Report of the Indian Hemp Drugs Commission, 1894-1895 - Volume VI
Year: 1894
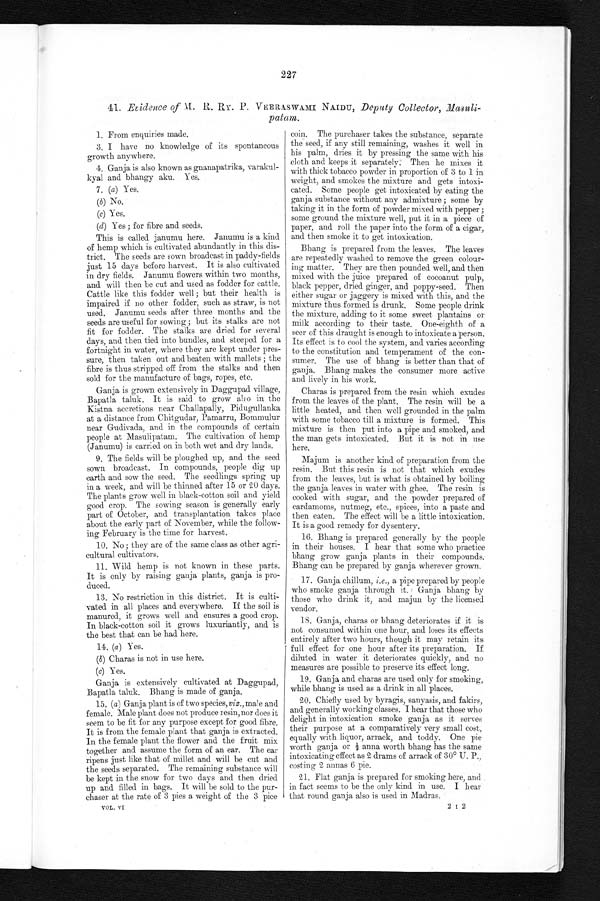
227
41. Evidence of M. R. RY. P. VEERASWAMI NAIDU, Deputy Collector, Masuli-
patam.
1. From enquiries made.
3. I have no knowledge of its spontaneous
growth anywhere.
4. Ganja is also known as guanapatrika, varakul-
kyal and bhangy aku. Yes.
7. (a) Yes.
(b) No.
(c) Yes.
(d) Yes ; for fibre and seeds.
This is called janumu here. Janumu is a kind
of hemp which is cultivated abundantly in this dis-
trict. The seeds are sown broadcast in paddy-fields
just 15 days before harvest. It is also cultivated
in dry fields. Janumu flowers within two months,
and will then be cut and used as fodder for cattle.
Cattle like this fodder well ; but their health is
impaired if no other fodder, such as straw, is not
used. Janumu seeds after three months and the
seeds are useful for sowing ; but its stalks are not
fit for fodder. The stalks are dried for several
days, and then tied into bundles, and steeped for a
fortnight in water, where they are kept under pres-
sure, then taken out and beaten with mallets ; the
fibre is thus stripped off from the stalks and then
sold for the manufacture of bags, ropes, etc.
Ganja is grown extensively in Daggupad village,
Bapatla taluk. It is said to grow also in the
Kistna accretions near Challapally, Pidugullanka
at a distance from Chitgudar, Pamarru, Bommulur
near Gudivada, and in the compounds of certain
people at Masulipatam. The cultivation of hemp
(Janumu) is carried on in both wet and dry lands.
9. The fields will be ploughed up, and the seed
sown broadcast. In compounds, people dig up
earth and sow the seed. The seedlings spring up
in a week, and will be thinned after 15 or 20 days.
The plants grow well in black-cotton soil and yield
good crop. The sowing season is generally early
part of October, and transplantation takes place
about the early part of November, while the follow-
ing February is the time for harvest.
10. No ; they are of the same class as other agri-
cultural cultivators.
11. Wild hemp is not known in these parts.
It is only by raising ganja plants, ganja is pro-
duced.
13. No restriction in this district. It is culti-
vated in all places and everywhere. If the soil is
manured, it grows well and ensures a good crop.
In black-cotton soil it grows luxuriantly, and is
the best that can be had here.
14. (a) Yes.
(b) Charas is not in use here.
(c) Yes.
Ganja is extensively cultivated at Daggupad,
Bapatla taluk. Bhang is made of ganja.
15. (a) Ganja plant is of two species, viz., male and
female. Male plant does not produce resin, nor does it
seem to be fit for any purpose except for good fibre.
It is from the female plant that ganja is extracted.
In the female plant the flower and the fruit mix
together and assume the form of an ear. The ear
ripens just like that of millet and will be cut and
the seeds separated. The remaining substance will
be kept in the snow for two days and then dried
up and filled in bags. It will be sold to the pur-
chaser at the rate of 3 pies a weight of the 3 pice
VOL. VI
coin. The purchaser takes the substance, separate
the seed, if any still remaining, washes it well in.
his palm, dries it by pressing the same with his
cloth and keeps it separately. Then he mixes it
with thick tobacco powder in proportion of 3 to 1 in
weight, and smokes the mixture and gets intoxi-
cated. Some people get intoxicated by eating the
ganja substance without any admixture ; some by
taking it in the form of powder mixed with pepper ;
some ground the mixture well, put it in a piece of
paper, and roll the paper into the form of a cigar,
and then smoke it to get intoxication.
Bhang is prepared from the leaves. The leaves
are repeatedly washed to remove the green colour-
ing matter. They are then pounded well, and then
mixed with the juice prepared of cocoanut pulp,
black pepper, dried ginger, and poppy-seed. Then
either sugar or jaggery is mixed with this, and the
mixture thus formed is drunk. Some people drink
the mixture, adding to it some sweet plantains or
milk according to their taste. One-eighth of a
seer of this draught is enough to intoxicate a person.
Its effect is to cool the system, and varies according
to the constitution and temperament of the con-
sumer. The use of bhang . is better than that of
ganja. Bhang makes the consumer more active
and lively in his work.
Charas is prepared from the resin which exudes
from the leaves of the plant. The resin will be a
little heated, and then well grounded in the palm
with some tobacco till a mixture is formed. This
mixture is then put into a pipe and smoked, and
the man gets intoxicated. But it is not in use
here.
Majum is another kind of preparation from the
resin. But this resin is not that which exudes
from the leaves, but is what is obtained by boiling
the ganja leaves in water with ghee. The resin is
cooked with sugar, and the powder prepared of
cardamoms, nutmeg, etc., spices, into a paste and
then eaten. The effect will be a little intoxication.
It is a good remedy for dysentery.
16. Bhang is prepared generally by the people
in their houses. I hear that some who practice
bhang grow ganja plants in their compounds.
Bhang can be prepared by ganja wherever grown.
17. Ganja chillum, i. e., a pipe prepared by people
who smoke ganja through it. Ganja bhang by
those who drink it, and majun by the licensed
vendor.
18. Ganja, charas or bhang deteriorates if it is
not consumed within one hour, and loses its effects
entirely after two hours, though it may retain its
full effect for one hour after its preparation. If
diluted in water it deteriorates quickly, and no
measures are possible to preserve its effect long.
19. Ganja and charas are used only for smoking,
while bhang is used as a drink in all places.
20. Chiefly used by byragis, sanyasis, and fakirs,
and generally working classes. I hear that those who
delight in intoxication smoke ganja as it serves
their purpose at a comparatively very small cost,
equally with liquor, arrack, and toddy. One pie
worth ganja or ½ anna worth bhang has the same
intoxicating effect as 2 drams of arrack of 30° U. P.,
costing 2 annas 6 pie.
21. Flat ganja is prepared for smoking here, and
in fact seems to be the only kind in use. I hear
that round ganja also is used in Madras.